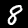
Label: 8